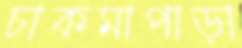
চাকমাপাড়া